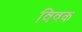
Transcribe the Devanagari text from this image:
विवक